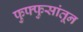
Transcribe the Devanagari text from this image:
फुफ्फुसांतून